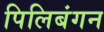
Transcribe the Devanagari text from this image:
पिलिबंगन